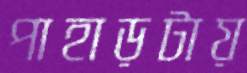
পাহাড়টায়